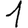
Digit: 1